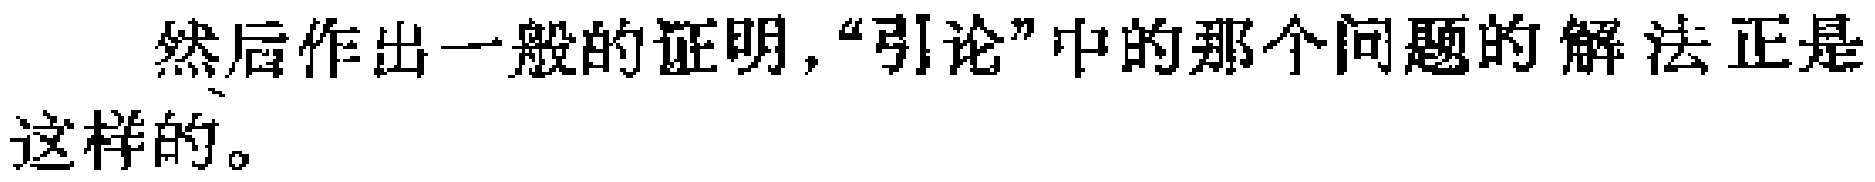
然后作出一般的证明，“引论”中的那个问题的解法正是这样的。